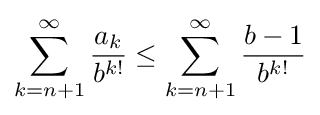
\sum _{k=n+1}^{\infty }{\frac {a_{k}}{b^{k!}}}\leq \sum _{k=n+1}^{\infty }{\frac {b-1}{b^{k!}}}